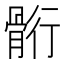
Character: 䯒